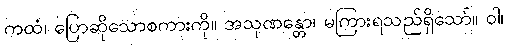
ကထံ၊ ပြောဆိုသောစကားကို။ အသုဏန္တော၊ မကြားရသည်ရှိသော်။ ဝါ၊